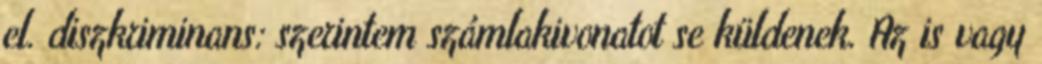
el. diszkriminans: szerintem számlakivonatot se küldenek. Az is vagy